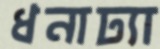
ধনাঢ্যা